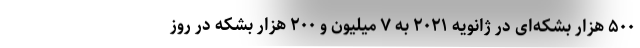
۵۰۰ هزار بشکه‌ای در ژانویه ۲۰۲۱ به ۷ میلیون و ۲۰۰ هزار بشکه در روز